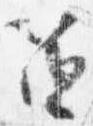
笛